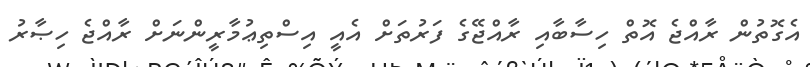
އެގޮތުން ރާއްޖެ އޮތް ހިސާބާއި ރާއްޖޭގެ ފަރުތަށް އެއީ އިސްތިޢުމާރީންނަށް ރާއްޖެ ހިޞާރު